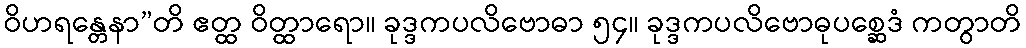
ဝိဟရန္တေနာ”တိ ဧတ္ထ ဝိတ္ထာရော။ ခုဒ္ဒကပလိဗောဓာ ၅၄။ ခုဒ္ဒကပလိဗောဓုပစ္ဆေဒံ ကတွာတိ